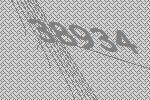
38934